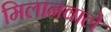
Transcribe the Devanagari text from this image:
मिलानवाले